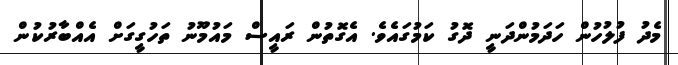
މެދު ފުލުހުން ހަދަމުންދަނީ ދޮގު ކަމުގައެވެ. އެގޮތުން ރައީސް މައުމޫނު ތަހުގީގަށް އެއްބާރުކުން